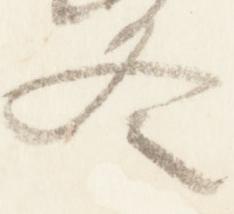
冬